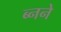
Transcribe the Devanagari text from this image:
ब्नने